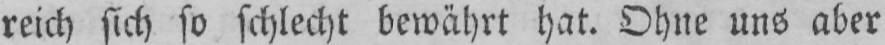
reich sich so schlecht bewährt hat. Ohne uns aber